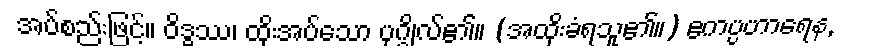
အပ်စည်းဖြင့်။ ဝိဒ္ဓဿ၊ ထိုးအပ်သော ပုဂ္ဂိုလ်၏။ (အထိုးခံရသူ၏။) ဧကပ္ပဟာရေန,